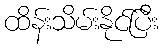
ထိန်းသိမ်းနိုင်ပြီး